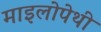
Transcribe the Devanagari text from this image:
माइलोपेथी